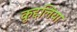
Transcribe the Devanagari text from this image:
कुद्दलिया